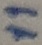
Text: 11